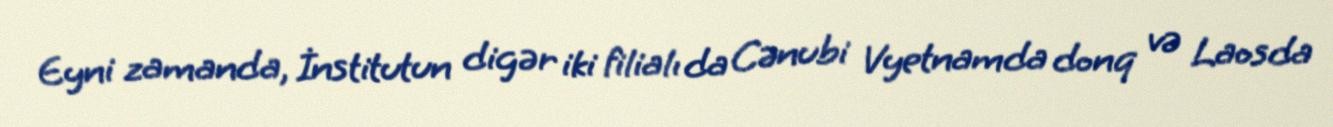
Eyni zamanda, İnstitutun digər iki filialı da Cənubi Vyetnamda donq və Laosda